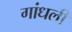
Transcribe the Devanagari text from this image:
गांधली